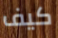
كيف